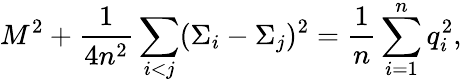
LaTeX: M^{2}+{\frac{1}{4n^{2}}}\sum_{i<j}(\Sigma_{i}-\Sigma_{j})^{2}={\frac{1}{n}}\sum_{i=1}^{n}q_{i}^{2},